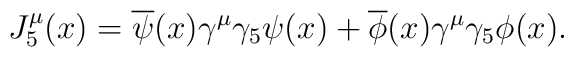
J^{\mu}_{5}(x)=\overline{\psi}(x)\gamma^{\mu}\gamma_{5}\psi(x)+\overline{\phi}(x)\gamma^{\mu}\gamma_{5}\phi(x).